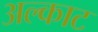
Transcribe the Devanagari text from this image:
अल्काट